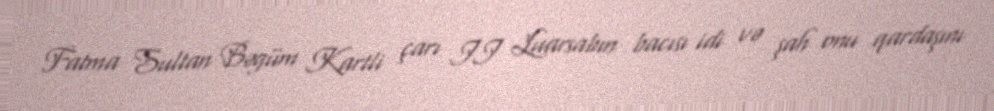
Fatma Sultan Bəgüm Kartli çarı II Luarsabın bacısı idi və şah onu qardaşını